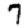
Digit: 7